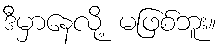
ဒီမှာနေလို့ မဖြစ်ဘူး။